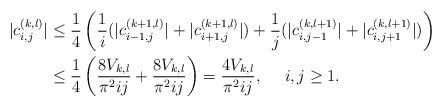
LaTeX: \begin{align*}|c_{i,j}^{(k,l)}|& \le \dfrac{1}{4}\left(\dfrac{1}{i}(|c_{i-1,j}^{(k+1,l)}|+|c_{i+1,j}^{(k+1,l)}|)+\dfrac{1}{j}(|c_{i,j-1}^{(k,l+1)}|+|c_{i,j+1}^{(k,l+1)}|)\right)\\& \le\dfrac{1}{4}\left(\dfrac{8V_{k,l}}{\pi^2ij}+\dfrac{8V_{k,l}}{\pi^2ij}\right)=\dfrac{4V_{k,l}}{\pi^2ij},~~~~i,j\ge 1.\end{align*}